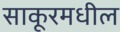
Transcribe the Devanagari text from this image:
साकूरमधील